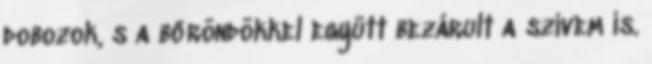
dobozok, s a bőröndökkel együtt bezárult a szívem is.